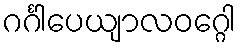
ဂင်္ဂါပေယျာလဝဂ္ဂေါ